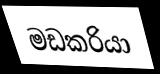
මඩකරියා